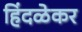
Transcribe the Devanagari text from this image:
हिंदळेकर